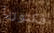
فكتوريا